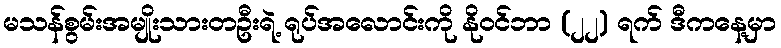
မသန်စွမ်းအမျိုးသားတဦးရဲ့ ရုပ်အလောင်းကို နိုဝင်ဘာ (၂၂) ရက် ဒီကနေ့မှာ